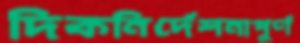
দিকনির্দেশনাপূর্ণ